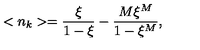
< n _ { k } > = \frac { \xi } { 1 - \xi } - \frac { M \xi ^ { M } } { 1 - \xi ^ { M } } ,